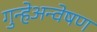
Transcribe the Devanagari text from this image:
गुन्हेअन्वेषण